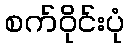
စက်ဝိုင်းပုံ